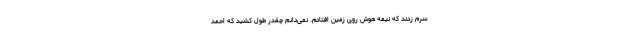
سرم زدند که نیمه هوش روی زمین افتادم. نمی‌دانم چقدر طول کشید که احمد